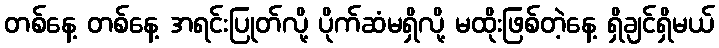
တစ်နေ့ တစ်နေ့ အရင်းပြုတ်လို့ ပိုက်ဆံမရှိလို့ မထိုးဖြစ်တဲ့နေ့ ရှိချင်ရှိမယ်